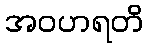
အဝဟရတိ